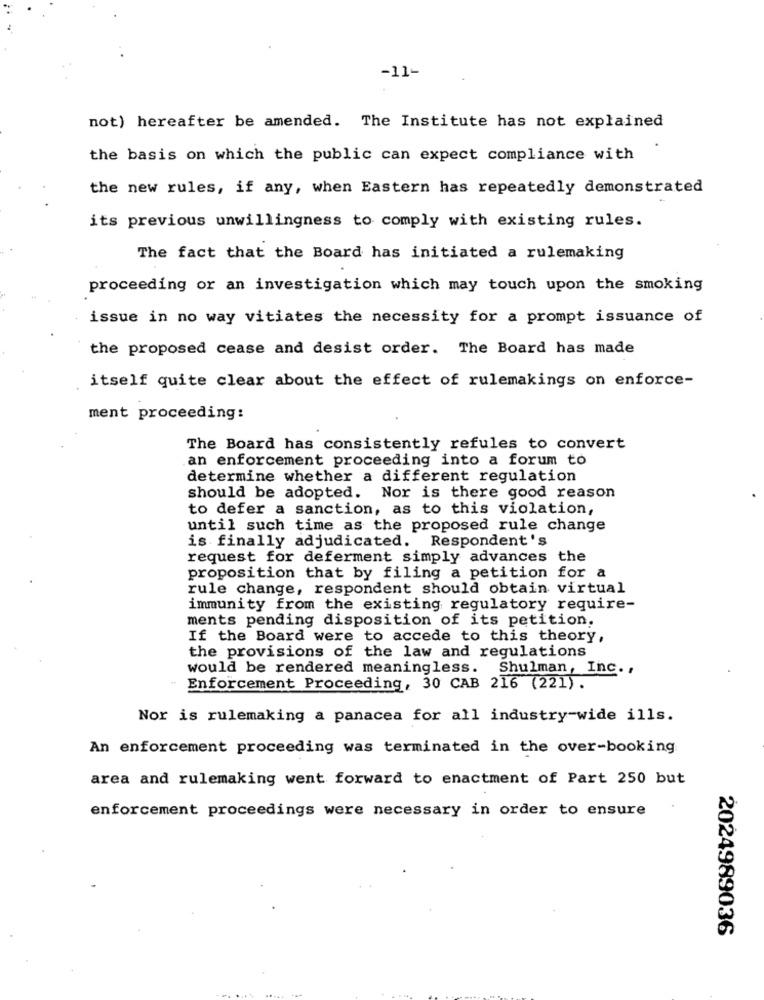
-11-
not) hereafter be amended. The Institute has not explained
the basis on which the public can expect compliance with
the new rules, if any, when Eastern has repeatedly demonstrated
its previous unwillingness to comply with existing rules.
The fact that the Board has initiated a rulemaking
proceeding or an investigation which may touch upon the smoking
issue in no way vitiates the necessity for a prompt issuance of
the proposed cease and desist order. The Board has made
itself quite clear about the effect of rulemakings on enforce-
ment proceeding:
The Board has consistently refules to convert
an enforcement proceeding into a forum to
determine whether a different regulation
should be adopted. Nor is there good reason
to defer a sanction, as to this violation,
until such time as the proposed rule change
is finally adjudicated. Respondent's
request for deferment simply advances the
proposition that by filing a petition for a
rule change, respondent should obtain virtual
immunity from the existing regulatory require-
ments pending disposition of its petition.
If the Board were to accede to this theory,
the provisions of the law and regulations
would be rendered meaningless. Shulman, Inc .,
Enforcement Proceeding, 30 CAB 216 (221).
Nor is rulemaking a panacea for all industry-wide ills.
An enforcement proceeding was terminated in the over-booking
area and rulemaking went forward to enactment of Part 250 but
enforcement proceedings were necessary in order to ensure
2024989036